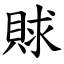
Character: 賕